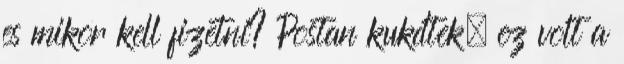
es mikor kell fizetni? Postan kukdtek, ez volt a